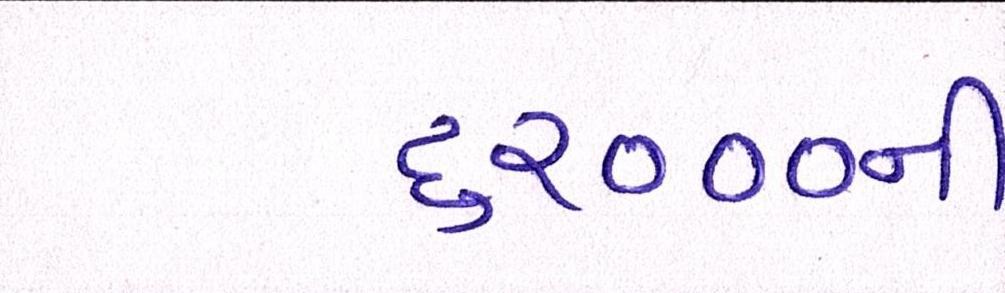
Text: ૬૨૦૦૦ની